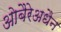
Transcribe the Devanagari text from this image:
ओबैरेअधैन